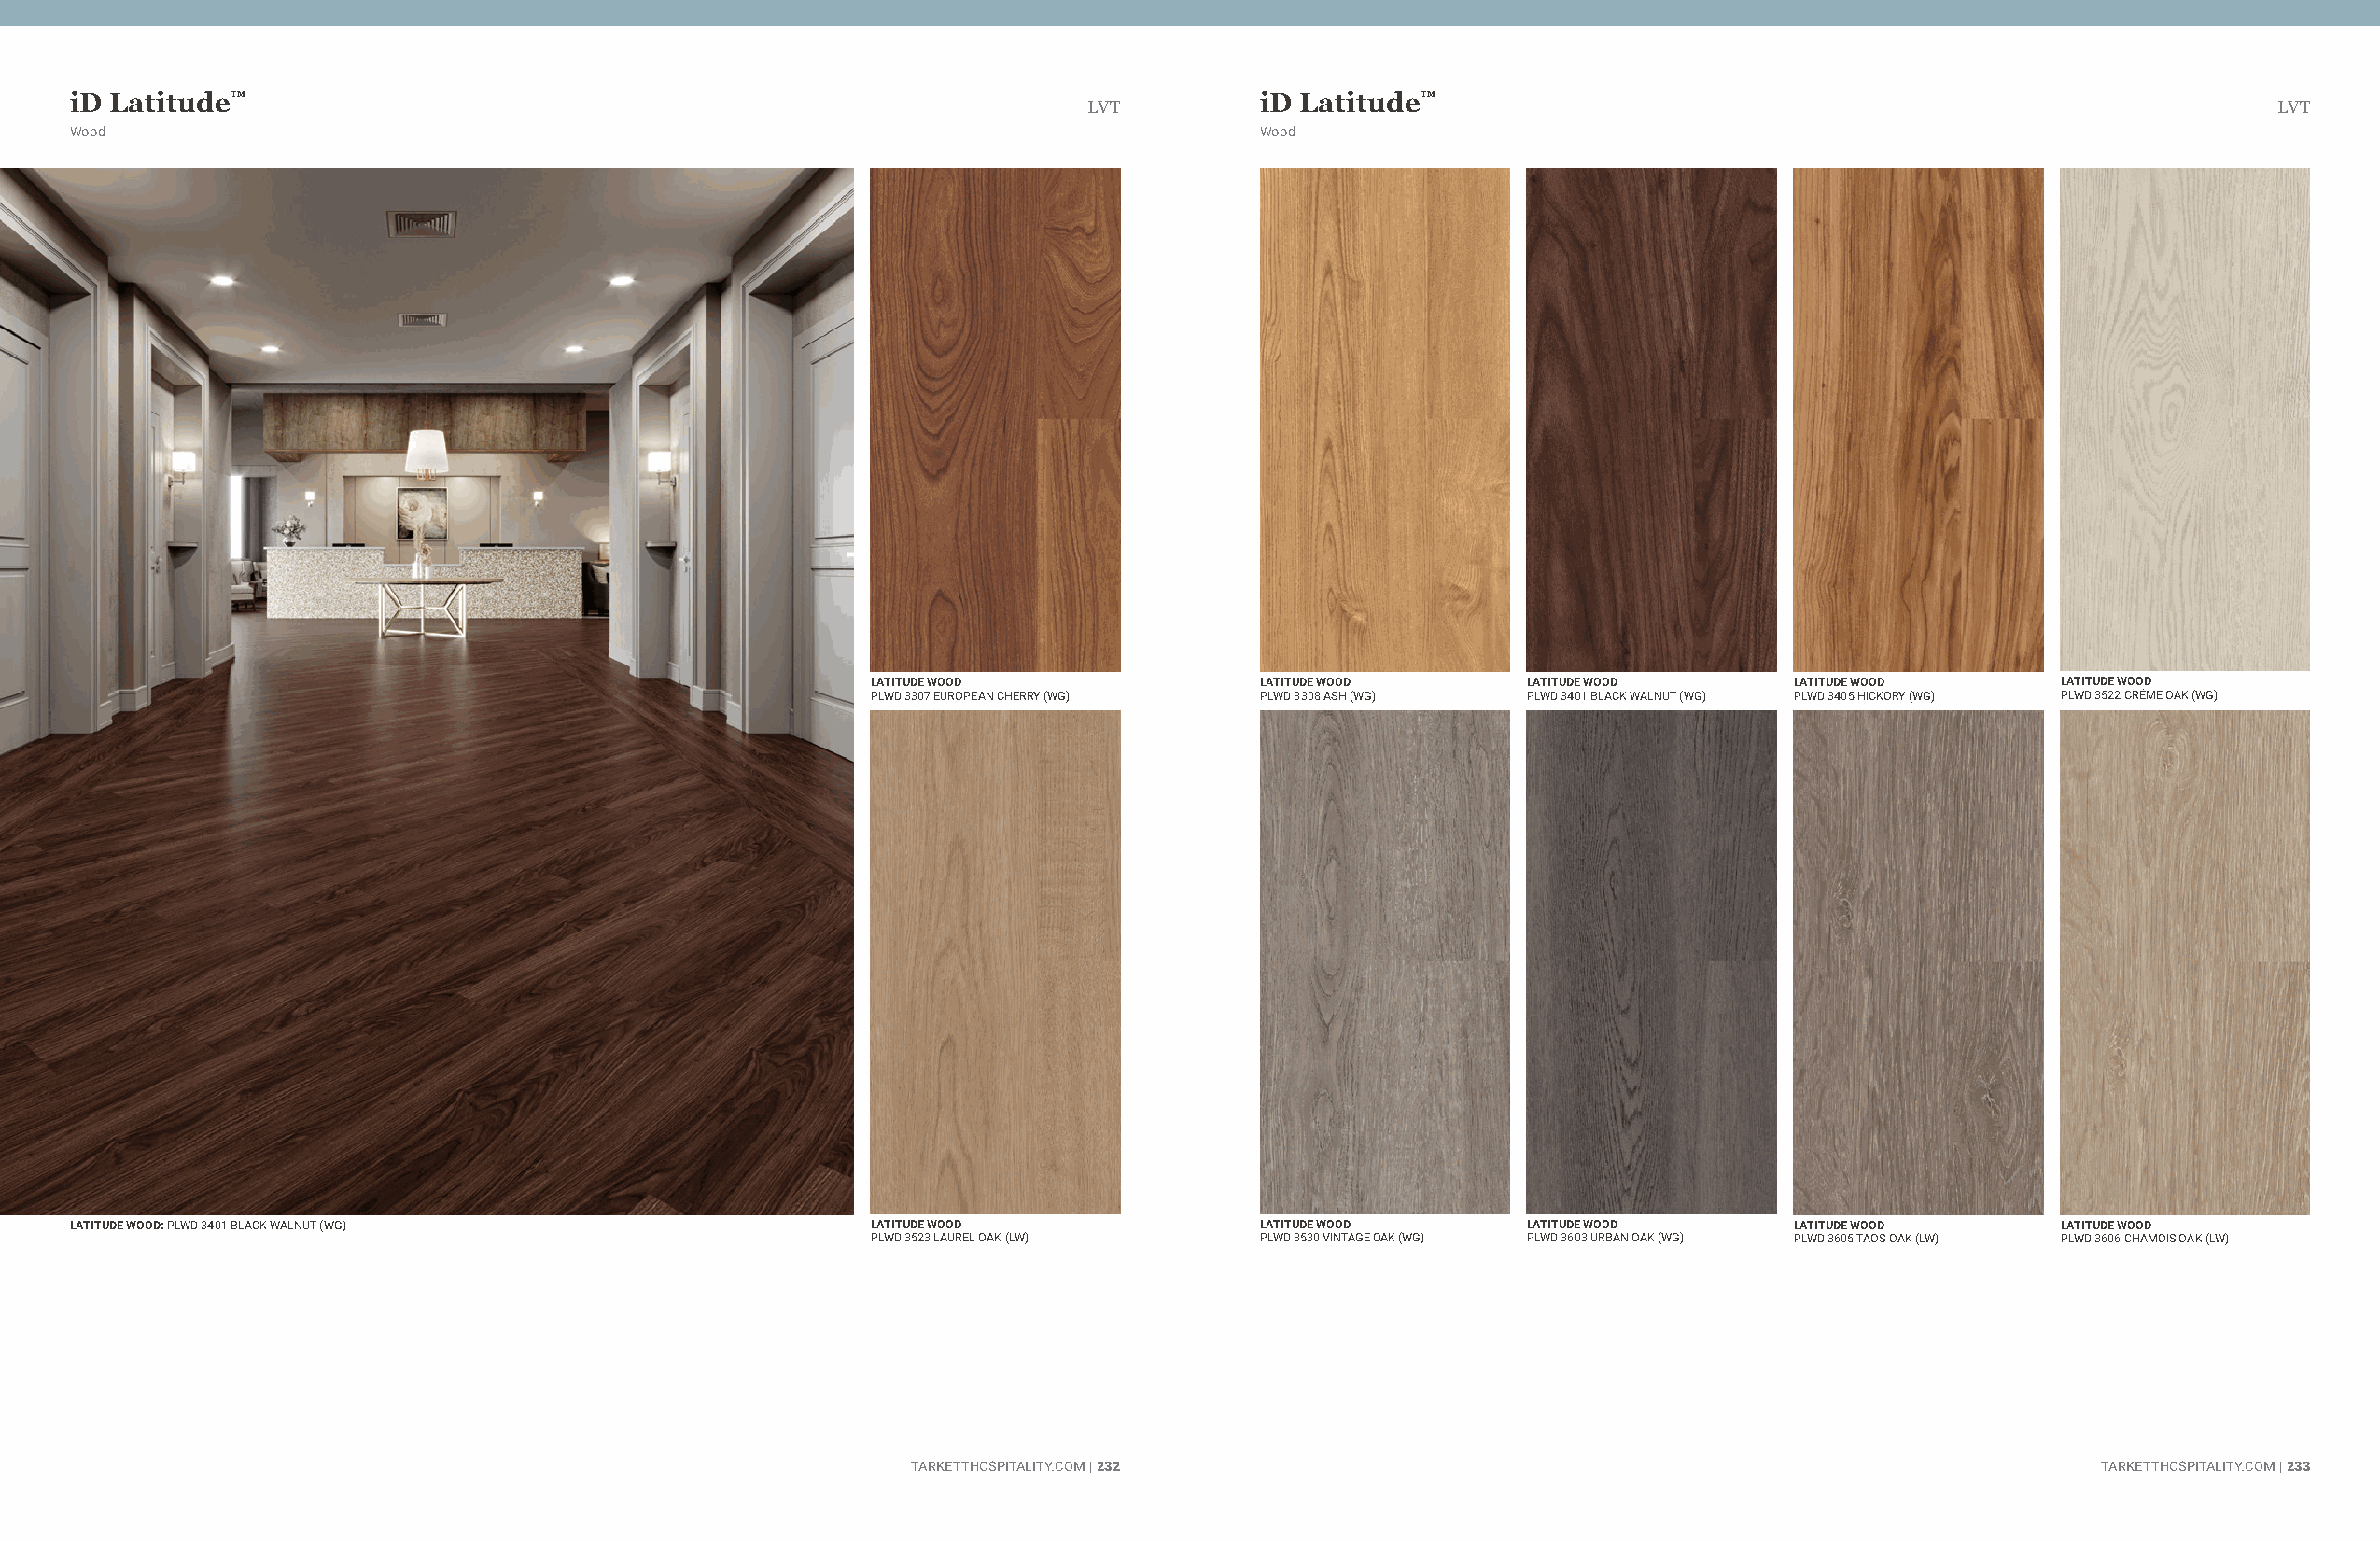
iD Latitude™                                                                        iD Latitude™
 LVT                                                                                  LVT
 Wood                                                                                Wood
 LATITUDE WOOD              LATITUDE WOOD      LATITUDE WOOD      LATITUDE WOOD      LATITUDE WOOD
 PLWD 3307 EUROPEAN CHERRY (WG) PLWD 3308 ASH (WG) PLWD 3401 BLACK WALNUT (WG) PLWD 3405 HICKORY (WG) PLWD 3522 CRÉME OAK (WG)
 LATITUDE WOOD: PLWD 3401 BLACK WALNUT (WG)               LATITUDE WOOD              LATITUDE WOOD      LATITUDE WOOD      LATITUDE WOOD      LATITUDE WOOD
 PLWD 3523 LAUREL OAK (LW)  PLWD 3530 VINTAGE OAK (WG) PLWD 3603 URBAN OAK (WG) PLWD 3605 TAOS OAK (LW) PLWD 3606 CHAMOIS OAK (LW)
 TARKETTHOSPITALITY.COM | 232                                                        TARKETTHOSPITALITY.COM | 233